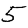
Digit: 5